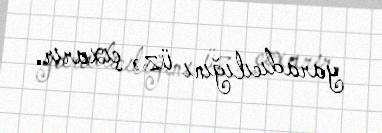
yaradıcılığını üzə çıxarır.